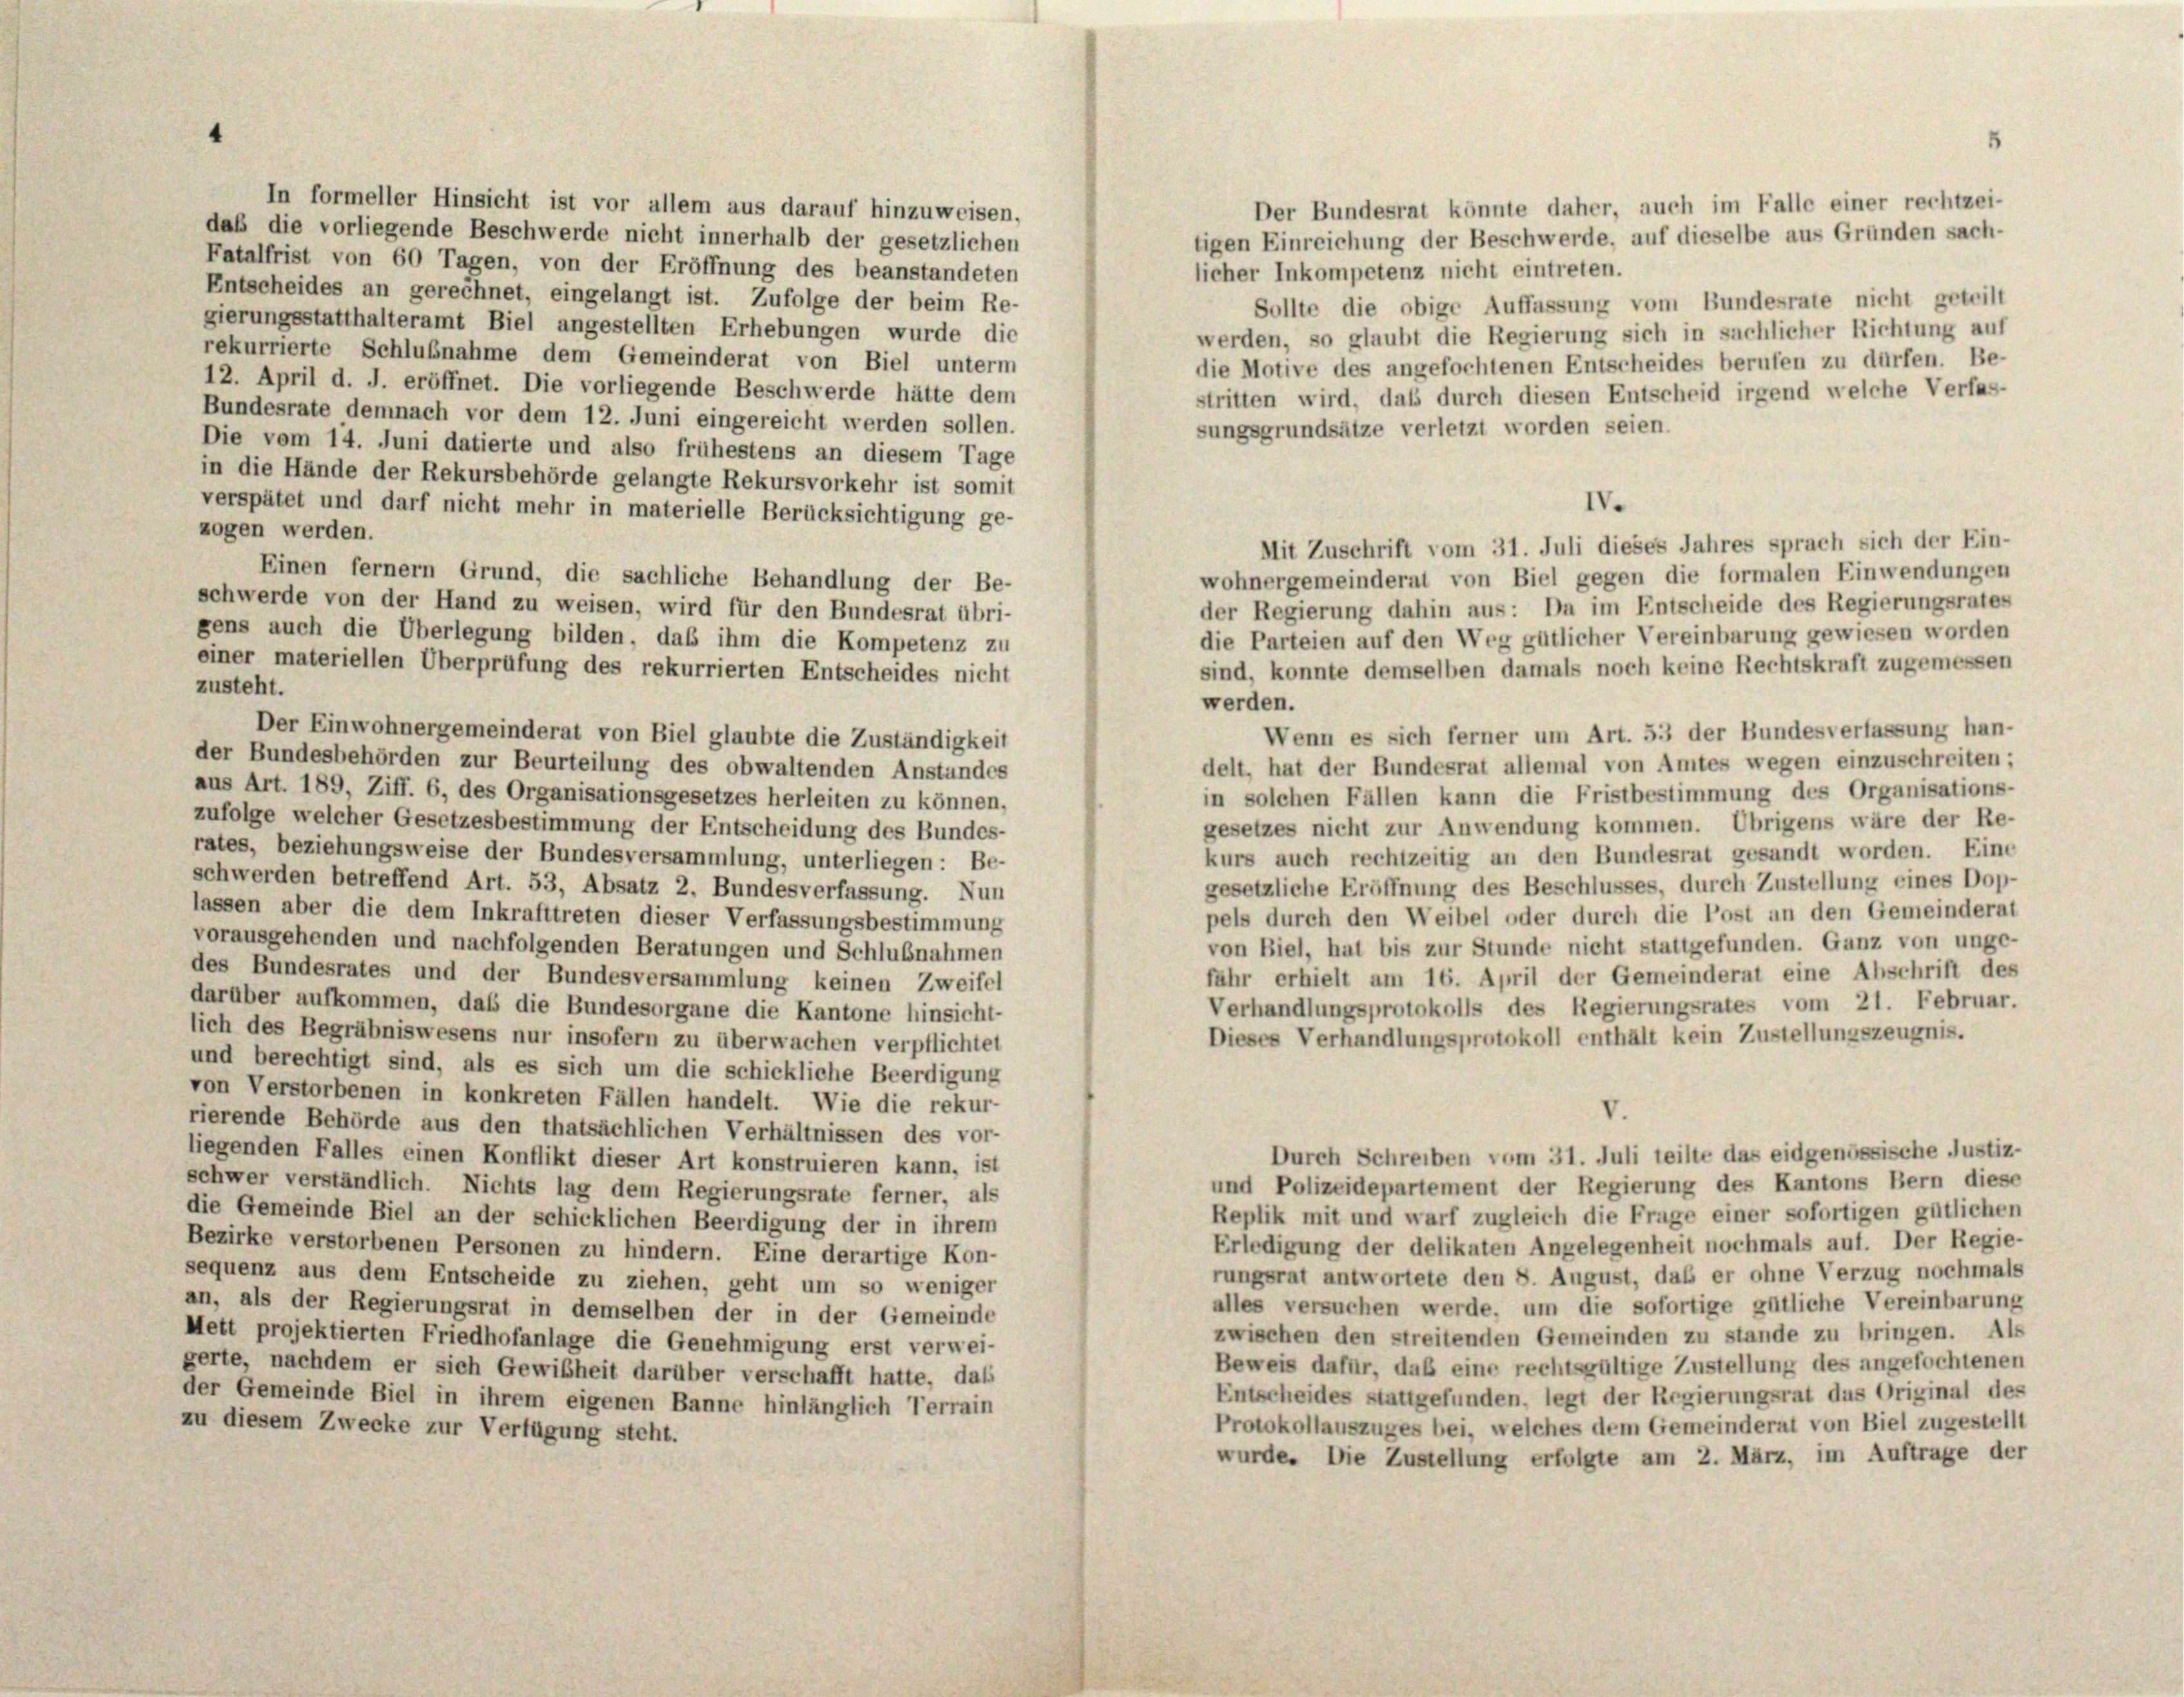
In formeller Hinsicht ist vor allem aus darauf hinzuweisen,
Der Bundesrat könnte daher, auch im Falle einer rechtzei-
daß die vorliegende Beschwerde nicht innerhalb der gesetzlichen
tigen Einreichung der Beschwerde, auf dieselbe aus Gründen sach-
Fatalfrist von 60 Tagen, von der Eröffnung des beanstandeten
licher Inkompetenz nicht eintreten.
Entscheides an gerechnet, eingelangt ist. Zufolge der beim Re-
Sollte die obige Auffassung vom Bundesrate nicht geteilt
gierungsstatthalteramt Biel angestellten Erhebungen wurde die
werden, so glaubt die Regierung sich in sachlicher Richtung auf
rekurrierte Schlußnahme dem Gemeinderat von Biel unterm
die Motive des angefochtenen Entscheides berufen zu dürfen. Be-
12. April d. J. eröffnet. Die vorliegende Beschwerde hätte dem
stritten wird, daß durch diesen Entscheid irgend welche Verfas-
Bundesrate demnach vor dem 12. Juni eingereicht werden sollen.
sungsgrundsätze verletzt worden seien.
Die vom 14. Juni datierte und also frühestens an diesem Tage
in die Hände der Rekursbehörde gelangte Rekursvorkehr ist somit
verspätet und darf nicht mehr in materielle Berücksichtigung ge-
zogen werden.
Einen fernem Grund, die sachliche Behandlung der Be-
wohnergemeinderat von Biel gegen die formalen Einwendungen
schwerde von der Hand zu weisen, wird für den Bundesrat übri-
der Regierung dahin aus: Da im Entscheide des Regierungsrate
gens auch die Überlegung bilden, daß ihm die Kompetenz zu
die Parteien auf den Weg gütlicher Vereinbarung gewiesen worden
einer materiellen Überprüfung des rekurrierten Entscheides nicht
sind, konnte demselben damals noch keine Rechtskraft zugemesse,
zusteht.
werden.
Wenn es sich ferner um Art. 53 der Bundesverfassung han
Der Einwohnergemeinderat von Biel glaubte die Zuständigkeit
der Bundesbehörden zur Beurteilung des obwaltenden Anstandes
delt, hat der Bundesrat allemal von Amtes wegen einzuschreiten
aus Art. 189, Ziff. 6, des Organisationsgesetzes herleiten zu können.
in solchen Fällen kann die Fristbestimmung des Organisations
zufolge welcher Gesetzesbestimmung der Entscheidung des Bundes-
gesetzes nicht zur Anwendung kommen. Übrigens wäre der Re
rates, beziehungsweise der Bundesversammlung, unterliegen: Be-
kurs auch rechtzeitig an den Bundesrat gesandt worden. Ein
schwerden betreffend Art. 53, Absatz 2. Bundesverfassung. Nun
gesetzliche Eröffnung des Beschlusses, durch Zustellung eines Dor
lassen aber die dem Inkrafttreten dieser Verfassungsbestimmung
pels durch den Weibel oder durch die Post an den Gemeinders
vorausgehenden und nachfolgenden Beratungen und Schlußnahmen
von Biel, hat bis zur Stunde nicht stattgefunden. Ganz von unge
des Bundesrates und der Bundesversammlung keinen Zweifel
fahr erhielt am 16. April der Gemeinderat eine Abschrift de
darüber aufkommen, daß die Bundesorgane die Kantone hinsicht-
Verhandlungsprotokolls des Regierungsrates vom 21. Februa
lich des Begräbniswesens nur insofern zu überwachen verpflichtet
Dieses Verhandlungsprotokoll enthält kein Zustellungszeugnis.
und berechtigt sind, als es sich um die schickliche Beerdigung
von Verstorbenen in konkreten Fällen handelt. Wie die rekur-
rierende Behörde aus den thatsächlichen Verhältnissen des vor-
Durch Schreiben vom 31. Juli teilte das eidgenössische Justiz
liegenden Falles einen Konflikt dieser Art konstruieren kann. ist
und Polizeidepartement der Regierung des Kantons Bern dies
schwer verständlich. Nichts lag dem Regierungsrate ferner, als
Replik mit und warf zugleich die Frage einer sofortigen gütliche
die Gemeinde Biel an der schicklichen Beerdigung der in ihrem
Erledigung der delikaten Angelegenheit nochmals auf. Der Regis
Bezirke verstorbenen Personen zu hindern. Eine derartige Kon-
rungsrat antwortete den 8. August, daß er ohne Verzug nochma
sequenz aus dem Entscheide zu ziehen, geht um so weniger
alles versuchen werde, um die sofortige gütliche Vereinbarun
an, als der Regierungsrat in demselben der in der Gemeinde
zwischen den streitenden Gemeinden zu stande zu bringen. A
Hett projektierten Friedhofanlage die Genehmigung erst verwei-
Beweis dafür, daß eine rechtsgültige Zustellung des angefochten
gerte, nachdem er sich Gewißheit darüber verschafft hatte, dass
Entscheides stattgefunden, legt der Regierungsrat das Original d
der Gemeinde Biel in ihrem eigenen Banne hinlänglich Terrain
Protokollauszuges bei, welches dem Gemeinderat von Biel zugeste
zu diesem Zwecke zur Verfügung steht.
wurde. Die Zustellung erfolgte am 2. März, im Auftrage d

IV.
Mit Zuschrift vom 31. Juli dieses Jahres sprach sich der Ein-